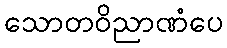
သောတဝိညာဏံပေ